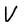
Character: V